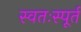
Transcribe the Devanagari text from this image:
स्वतःस्पूर्त